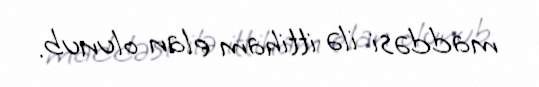
maddəsi ilə ittiham elan olunub.